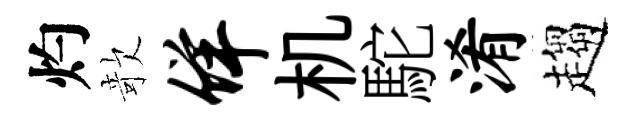
灼欹佯机駝淆趨